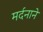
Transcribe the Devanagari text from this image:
मर्दनाने